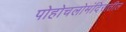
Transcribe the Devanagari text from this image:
पोहोचलोमंदिरातील